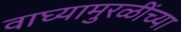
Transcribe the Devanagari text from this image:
वाघ्यामुरळींच्या